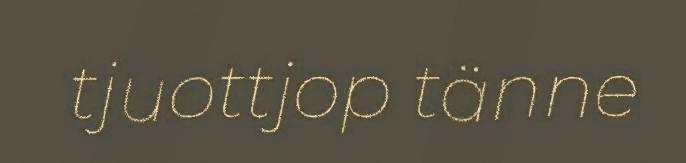
tjuottjop tänne